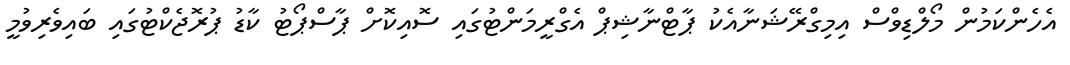
އެހެންކަމުން މޯލްޑިވްސް އިމިގްރޭޝަނާއެކު ޕާޓްނާޝިޕް އެގްރީމަންޓުގައި ސޮއިކޮށް ޕާސްޕޯޓު ކާޑު ޕުރޮޖެކްޓުގައި ބައިވެރިވުމީ